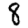
Digit: 8